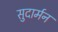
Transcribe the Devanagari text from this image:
सुदार्मन